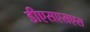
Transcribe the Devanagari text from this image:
डीएसएसएस